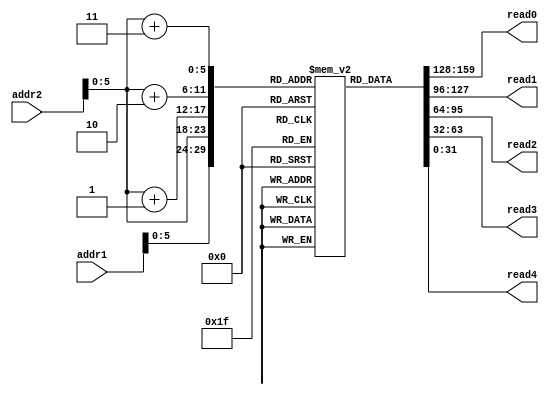
            `timescale 1ns / 1ps
//////////////////////////////////////////////////////////////////////////////////
// Company: 
// Engineer: 
// 
// Design Name: 
// Module Name:    dummy_bram 
// Project Name: 
// Target Devices: 
// Tool versions: 
// Description: 
//
// Dependencies: 
//
// Revision: 
// Revision 0.01 - File Created
// Additional Comments: 
//
//////////////////////////////////////////////////////////////////////////////////
module dummy_bram(addr1, addr2, read0, read1, read2, read3, read4
    );

    input  [31:0]      addr1;
    input  [31:0]      addr2;
    output [31:0]      read0;
    output [31:0]      read1;
    output [31:0]      read2;
    output [31:0]      read3;
    output [31:0]      read4;
                 
    reg    [31:0]  mem [50:0];   
    
    initial begin

        mem[0]=32'h00000110;		// matrix mode projection (1)
        mem[1]=32'h80001011;		// multmatrix
        mem[2]=32'h3B4CCCCD;
        mem[3]=32'h00000000;
        mem[4]=32'h00000000;
        mem[5]=32'h00000000;
        mem[6]=32'h00000000;
        mem[7]=32'h3B888889;
        mem[8]=32'h00000000;
        mem[9]=32'h00000000;
        mem[10]=32'h00000000;
        mem[11]=32'h00000000;
        mem[12]=32'hBF800000;
        mem[13]=32'h0;
        mem[14]=32'hBF800000;
        mem[15]=32'hBF800000;
        mem[16]=32'h0;
        mem[17]=32'h3F800000;
        mem[18]= 32'h80000304;   // Color
        mem[19]= 32'h3F800000;   // r: 1
        mem[20]= 32'h00000000;   // g: 0
        mem[21]= 32'h00000000;   // b: 0
        mem[22]= 32'h80000303;   // Vertex 1
        mem[23]= 32'h3F800000;   // x: 1   
        mem[24]= 32'h41200000;   // y: 10
        mem[25]= 32'h00000000;   // z: 0
        mem[26]= 32'h80000304;   // Color
        mem[27]= 32'h00000000;   // r: 0
        mem[28]= 32'h3F800000;   // g: 1
        mem[29]= 32'h00000000;   // b: 0
        mem[30]= 32'h80000303;   // Vertex 2 
        mem[31]= 32'h41200000;   // x: 10   
        mem[32]= 32'h3F800000;   // y: 1
        mem[33]= 32'h00000000;   // z: 0
        mem[34]= 32'h80000304;   // Color
        mem[35]= 32'h00000000;   // r: 0
        mem[36]= 32'h00000000;   // g: 0
        mem[37]= 32'h3F800000;   // b: 1
        mem[38]= 32'h80000303;   // Vertex 3
        mem[39]= 32'h3F800000;   // x: 1   
        mem[40]= 32'h3F800000;   // y: 1
        mem[41]= 32'h00000000;   // z: 0
		  
    end

    assign read0 = mem[addr1];
    assign read1 = mem[addr2];
    assign read2 = mem[addr2+1];
    assign read3 = mem[addr2+2];
    assign read4 = mem[addr2+3];


endmodule